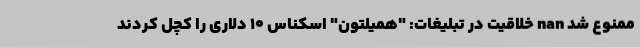
ممنوع شد nan خلاقیت در تبلیغات: "همیلتون" اسکناس 10 دلاری را کچل کردند